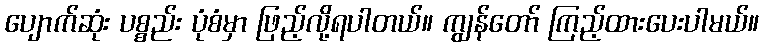
ပျောက်ဆုံး ပစ္စည်း ပုံစံမှာ ဖြည့်လို့ရပါတယ်။ ကျွန်တော် ကြည့်ထားပေးပါမယ်။